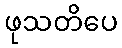
ဖုသတိပေ